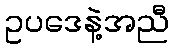
ဥပဒေနဲ့အညီ